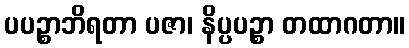
ပပဉ္စာဘိရတာ ပဇာ၊ နိပ္ပပဉ္စာ တထာဂတာ။